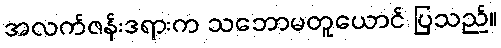
အလက်ဇန်းဒရားက သဘောမတူယောင် ပြသည်။